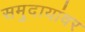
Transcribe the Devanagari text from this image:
समुदायांवर